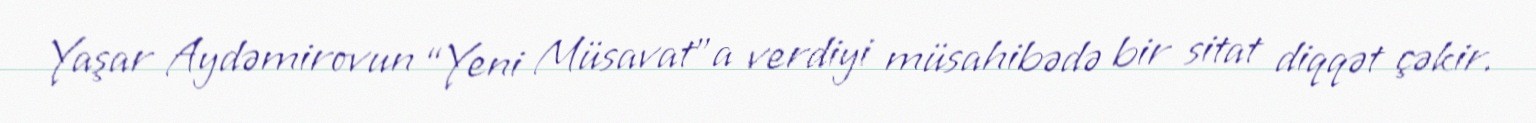
Yaşar Aydəmirovun “Yeni Müsavat”a verdiyi müsahibədə bir sitat diqqət çəkir.